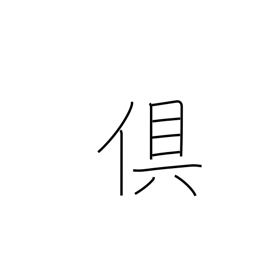
Meaning: both